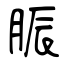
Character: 脤